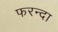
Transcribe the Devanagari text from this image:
फरन्दा